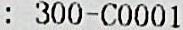
: 300-C0001